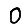
Digit: 0